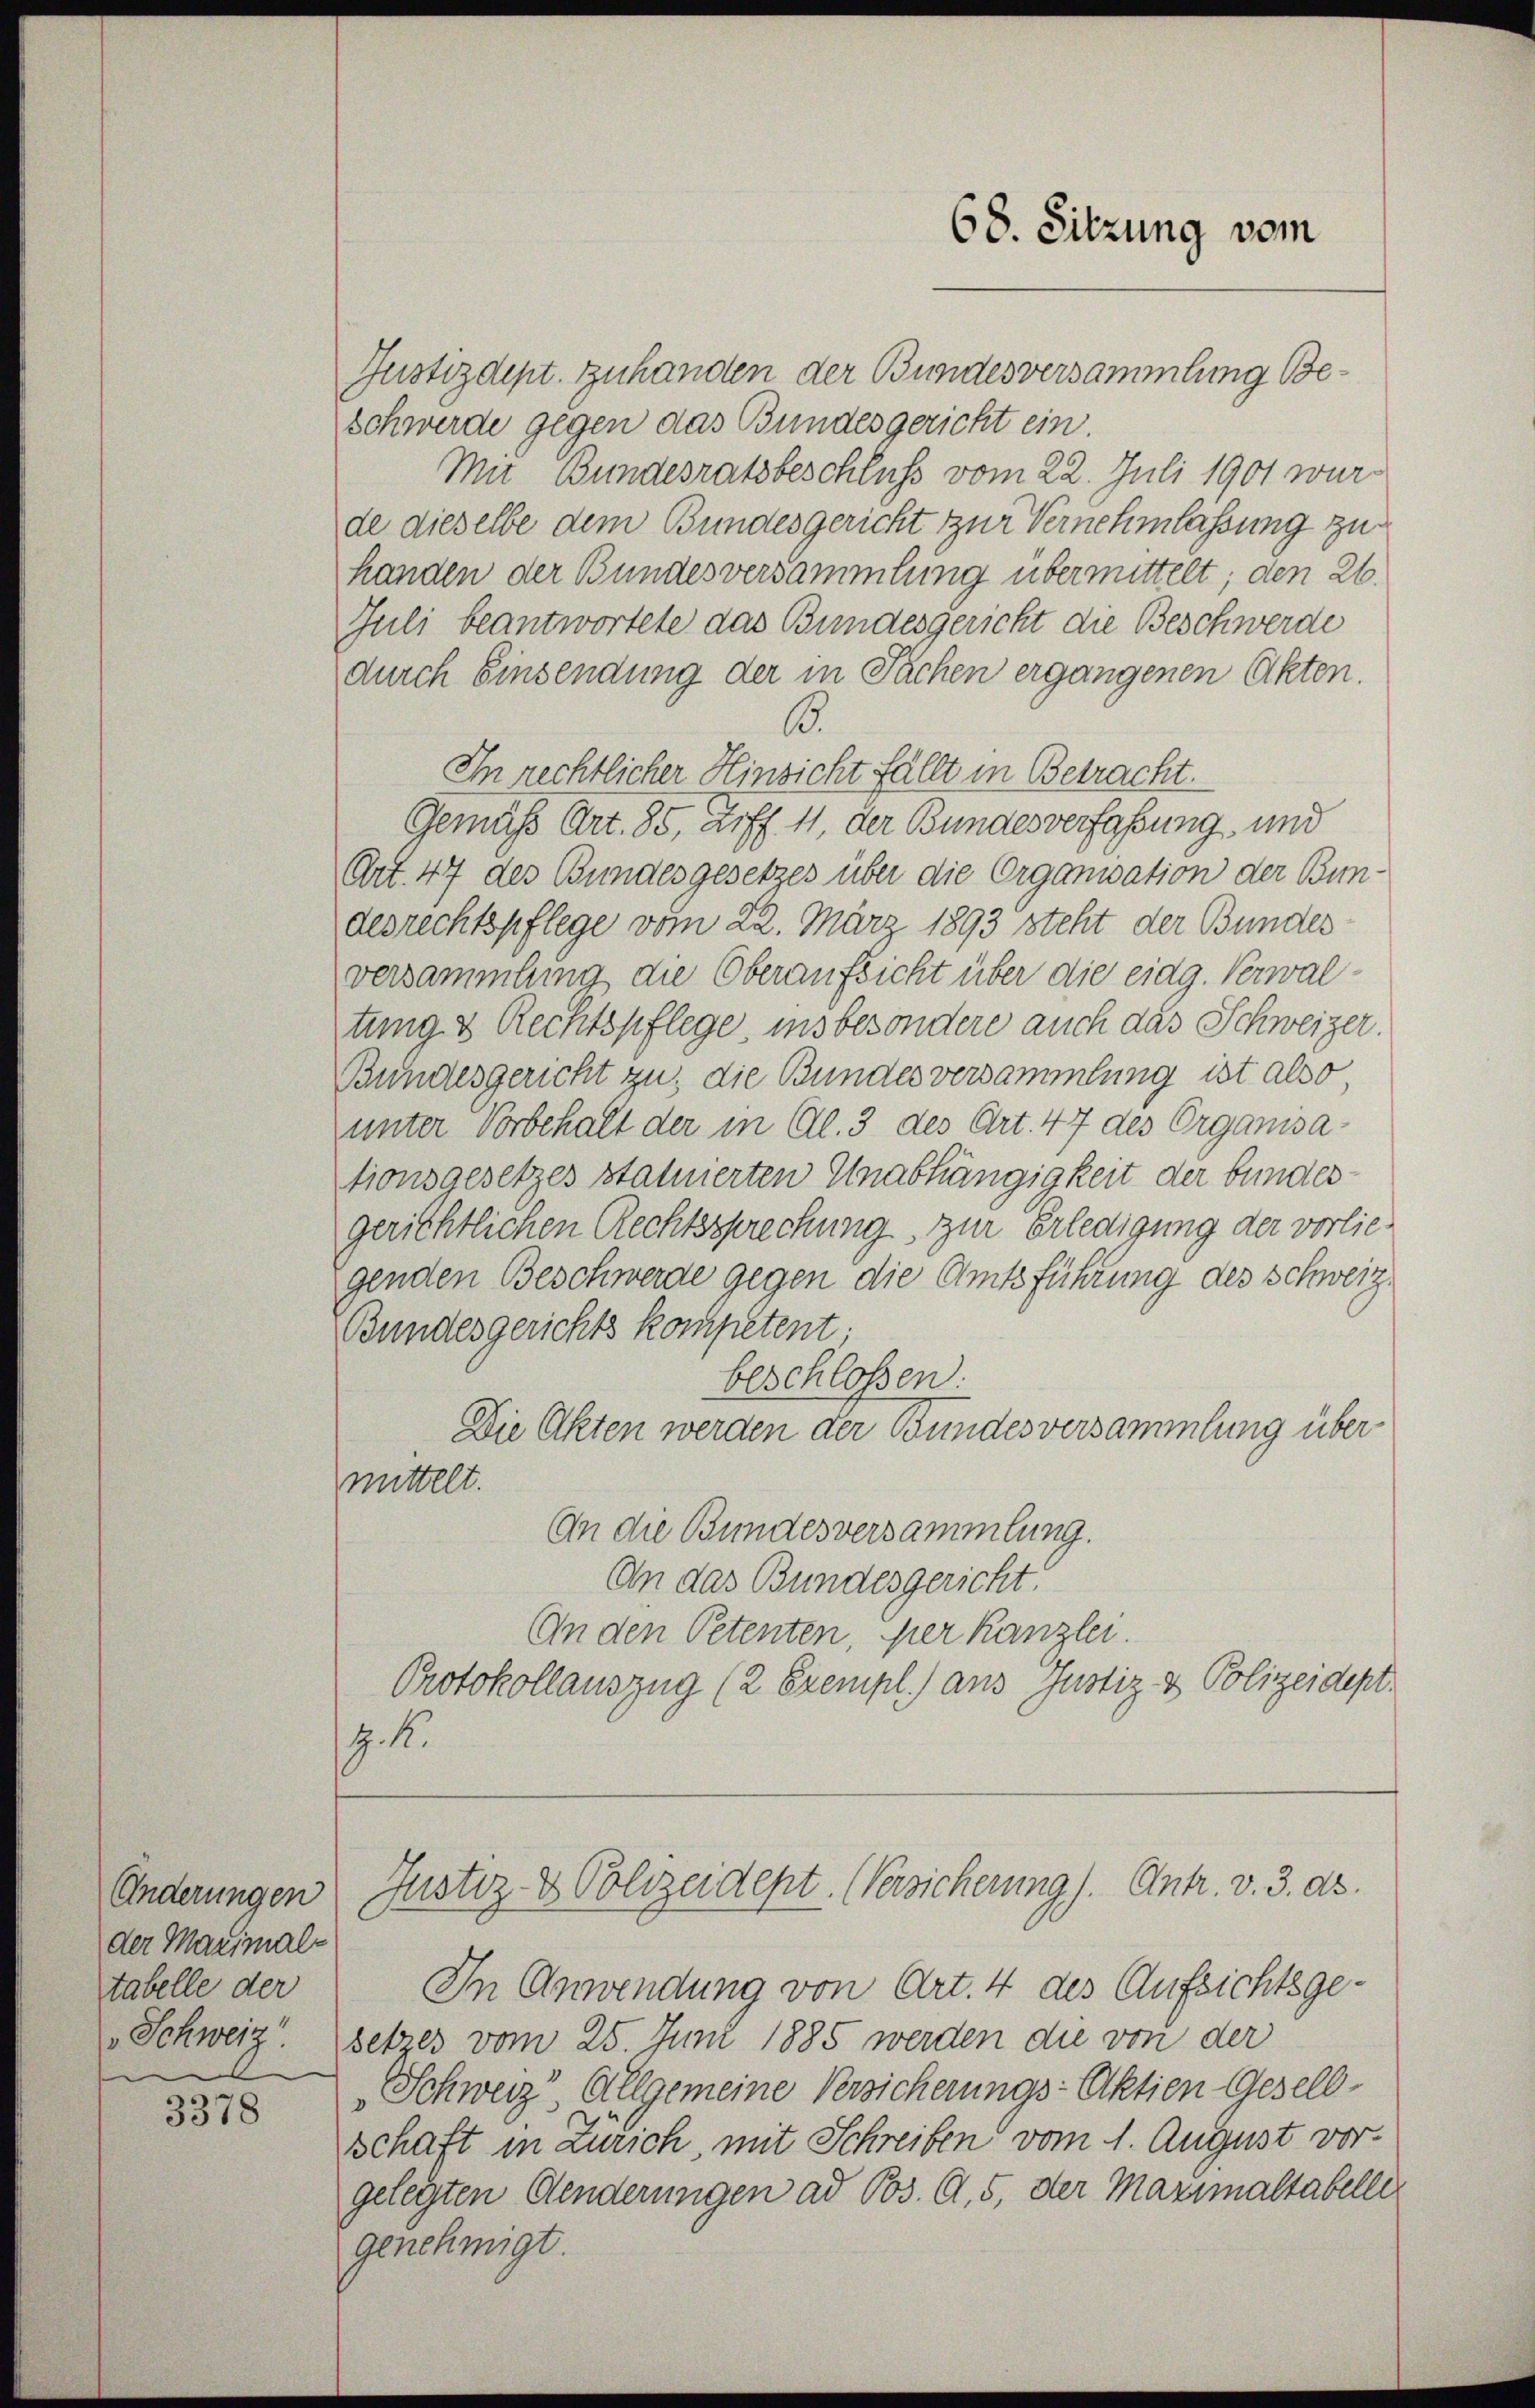
Änderungen
der Maximal-
tabelle der

3378

Justizdept. Zuhanden der Bundesversammlung Beschwerde gegen das Bundesgericht ein.
Mit Bundesratsbeschluß vom 22. Juli 1901 wurde dieselbe dem Bundesgericht zur Vernehmlassung zu
handen der Bundesversammlung übermittelt; den 26.
Juli beantwortete das Bundesgericht die Beschwerde
durch Einsendung der in Fächen ergangenen Akten.
B.
In rechtlicher Hinsicht fällt in Betracht.
Gemäß Art. 85, auff 11, der Bundesverfaßung und
Art. 47 des Bundesgesetzes über die Organisation der Bun-
desrechtspflege vom 22. März 1893 steht der Bundes
versammlung die Oberaufsicht über die eidg. Verwaltung & Rechtspflege, ins besondere auch das Schweizer
Bundesgericht zu; die Bundesversammlung ist also
unter Vorbehalt der in Al. 3 des Art. 47 des Organisationsgesetzes statuierten Unabhängigkeit der bundes-
gerichtlichen Rechtssprechung, zur Erledigung der vorliegenden Beschwerde gegen die Amtsführung des Schweiz.
Bundesgerichts kompetent;
beschlossen.
Die Akten werden der Bundes versammlung über
mittelt.
An die Bundesversammlung.
An das Bundesgericht.
An den Petenten, per Kanzlei
Protokollauszug (2 Exempl. aus Justiz & Polizeidept
Z. B.

68. Sitzung vom

In Anwendung von Art. 4 des Aufsichtsge¬
Schweiz. Gebres vom 25. Juni 1885 werden die von der
Schweiz“ Allgemeine Versicherungs-Aktien Gesellschaft in Zürich, mit Schreiben vom 1. August vorgelegten Aenderungen ad Pos. A. 5, der Maximaltabelli
genehmigt

Justiz- & Polizeidept. (Versicherung). Antr. v. 3. ds.